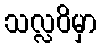
သလ္လဝိမှာ